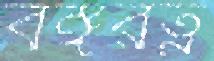
বঙ্গরত্ন